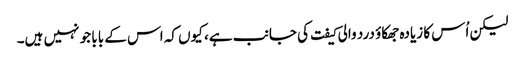
لیکن اُس کا زیادہ جھکاؤ درد والی کیفت کی جانب ہے، کیوں کہ اس کے بابا جو نہیں ہیں۔